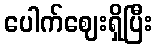
ပေါက်ဈေးရှိပြီး